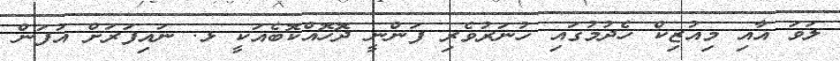
ލަވަ އާއި މިއުޒިކް ހެދުމުގައި ހުނަރުވެރި ފަންނީ ދޮހޮއްކޮބެއަކީ ޅ. ނައިފަރަށް އުފަން